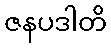
ဇနပဒါတိ